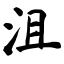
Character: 沮